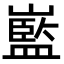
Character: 𡽾